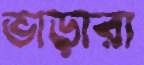
ভাড়ারা